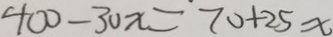
4 0 0 - 3 0 x = 7 0 + 2 5 x